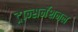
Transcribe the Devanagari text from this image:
ट्रान्सनॅशनल